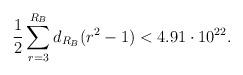
LaTeX: \begin{align*}\frac{1}{2} \sum_{r=3}^{R_B} d_{R_B}(r^{2} -1) < 4.91\cdot 10^{22}.\end{align*}